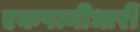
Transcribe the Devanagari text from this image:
एकपत्नीधारी